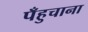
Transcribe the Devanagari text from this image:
पँहुचाना